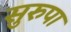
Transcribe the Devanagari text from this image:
सुरुपा